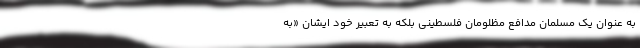
به عنوان یک مسلمان مدافع مظلومان فلسطینی بلکه به تعبیر خود ایشان «به